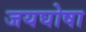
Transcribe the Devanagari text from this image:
जयघोषा